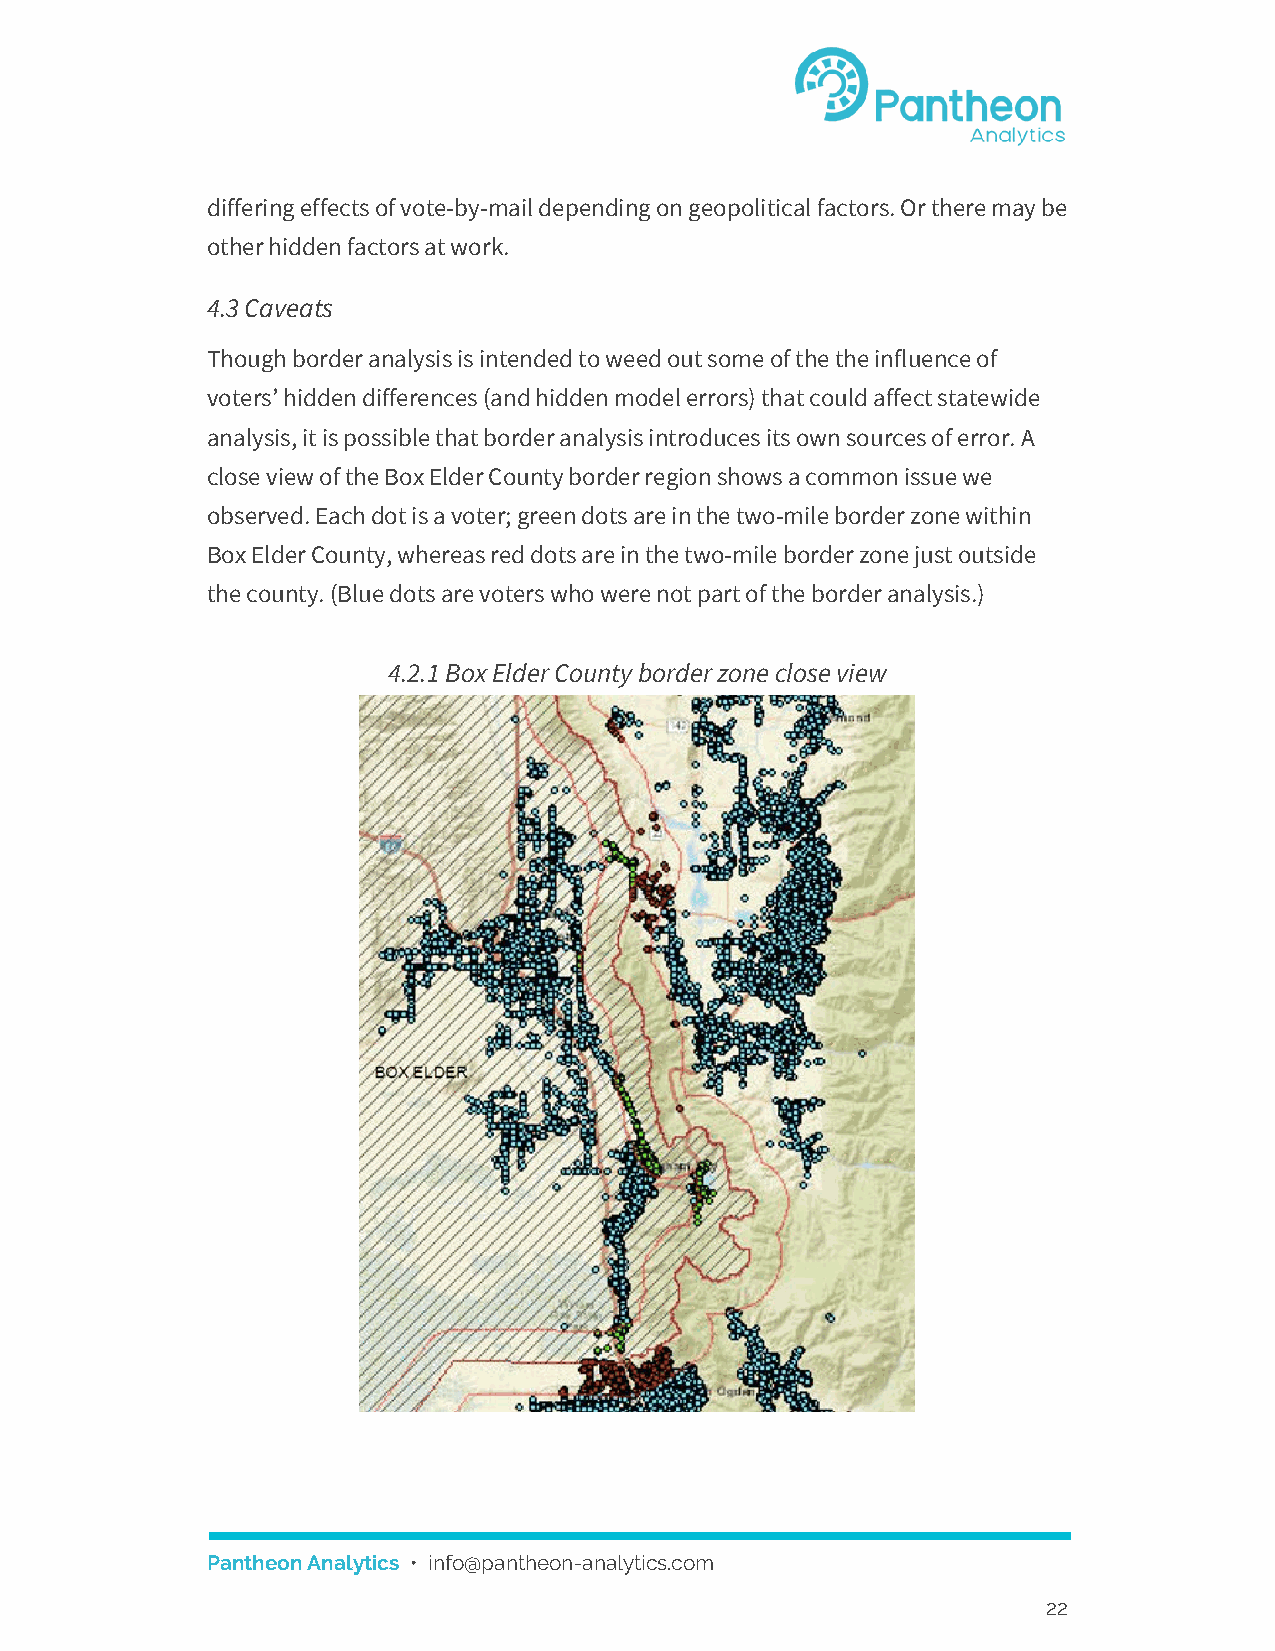
differing effects of vote-by-mail depending on geopolitical factors. Or there may be
 other hidden factors at work.
 4.3 Caveats
 Though border analysis is intended to weed out some of the the influence of
 voters’ hidden differences (and hidden model errors) that could affect statewide
 analysis, it is possible that border analysis introduces its own sources of error. A
 close view of the Box Elder County border region shows a common issue we
 observed. Each dot is a voter; green dots are in the two-mile border zone within
 Box Elder County, whereas red dots are in the two-mile border zone just outside
 the county. (Blue dots are voters who were not part of the border analysis.)
 4.2.1 Box Elder County border zone close view
 Pantheon Analytics • info@pantheon-analytics.com
 ​
 22